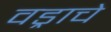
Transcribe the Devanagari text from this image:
वड्राचे